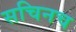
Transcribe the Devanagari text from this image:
सचिनच